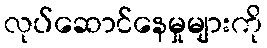
လုပ်ဆောင်နေမှုများကို